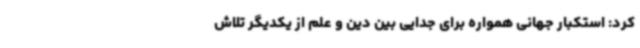
کرد: استکبار جهانی همواره برای جدایی بین دین و علم از یکدیگر تلاش